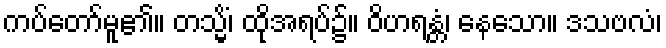
ကပ်တော်မူ၏။ တသ္မိံ၊ ထိုအရပ်၌။ ဝိဟရန္တံ၊ နေသော။ ဒသဗလံ၊